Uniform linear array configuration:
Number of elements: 32
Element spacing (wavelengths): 0.5
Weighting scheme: hann
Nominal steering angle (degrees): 30
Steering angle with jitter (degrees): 31.471
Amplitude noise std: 0.05
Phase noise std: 0.05

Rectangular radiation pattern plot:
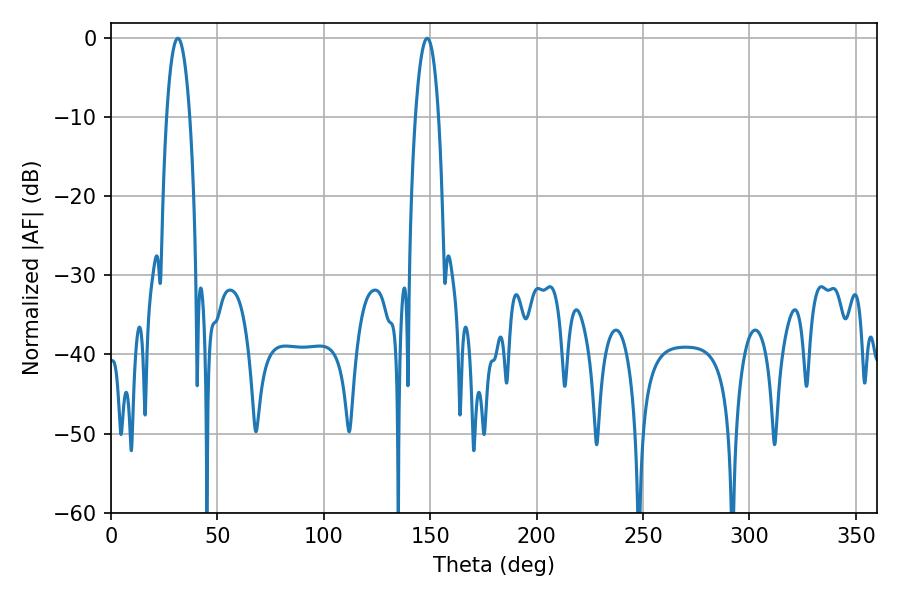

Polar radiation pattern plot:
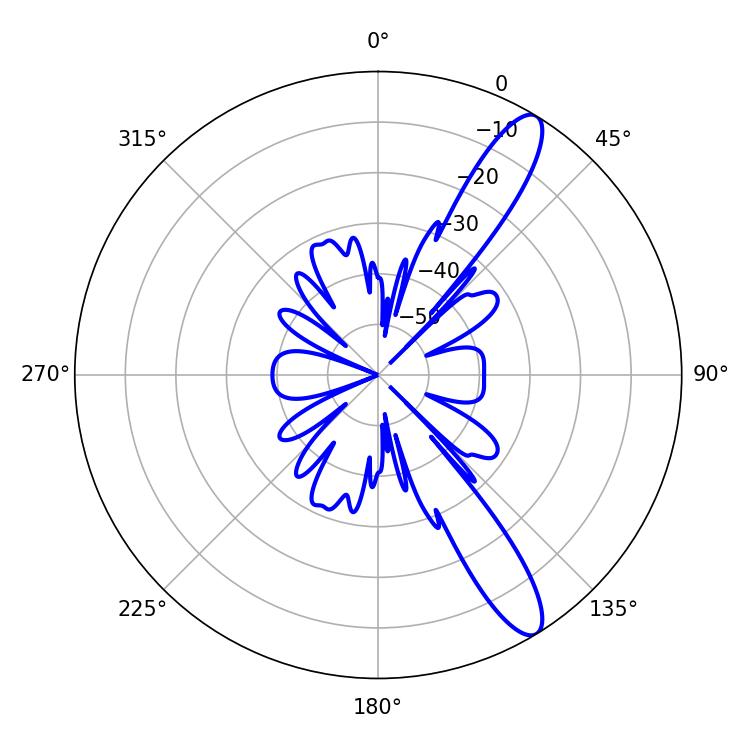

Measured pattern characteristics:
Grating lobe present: FALSE
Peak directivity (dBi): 12.273
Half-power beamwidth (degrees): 6.12
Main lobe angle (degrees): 31.5